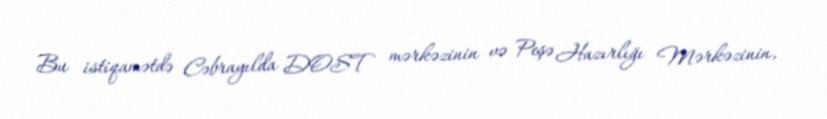
Bu istiqamətdə Cəbrayılda DOST mərkəzinin və Peşə Hazırlığı Mərkəzinin,